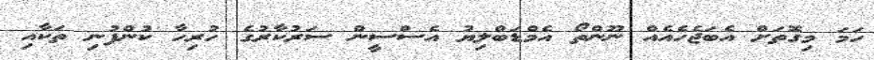
ހަމަ މިގޮތަށް އެބަޖެހެއެއް ނޫންތޯ އެމްޑަބްލިޔު އެސްސީން ސަރުކާރުގެ ހުރިހާ ކުންފުނި ތަކާއި